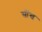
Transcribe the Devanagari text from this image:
सोंख